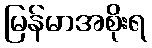
မြန်မာအစိုးရ